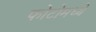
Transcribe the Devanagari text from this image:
फोटोमध्ये